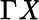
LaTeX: \Gamma\mathit{X}